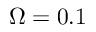
\Omega = 0 . 1